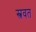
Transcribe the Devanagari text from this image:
स्त्रवत